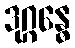
ဒုဂ္ဂန္ဓေ